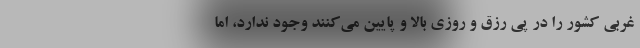
غربي كشور را در پي رزق و روزي بالا و پايين مي‌كنند وجود ندارد، اما